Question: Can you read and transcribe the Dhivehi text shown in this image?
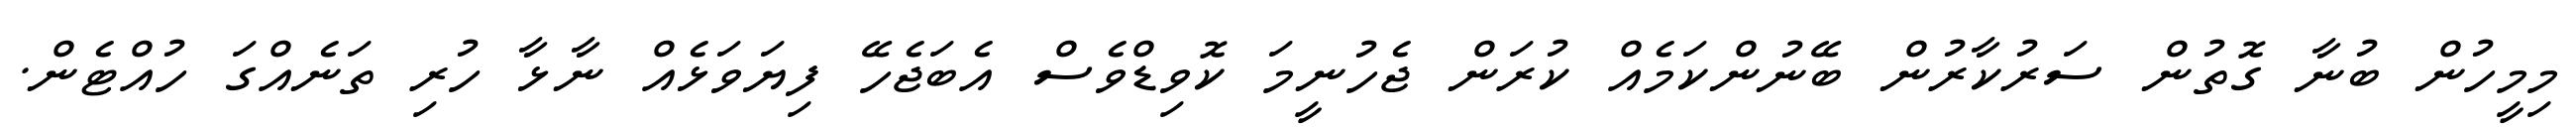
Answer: މިމީހުން ބުނާ ގޮތުން ސަރުކާރުން ބޭނުންކަމެއް ކުރަން ޖެހުނީމަ ކޮވިޑްވެސް އެބަޖެހޭ ފިޔަވަޅެއް ނާޅާ ހުރި ތަނެއްގަ ހުއްޓެން.